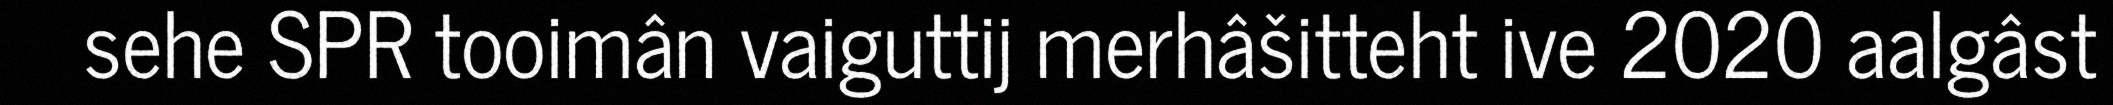
sehe SPR tooimân vaiguttij merhâšitteht ive 2020 aalgâst